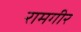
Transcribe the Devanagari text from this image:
रामगीर